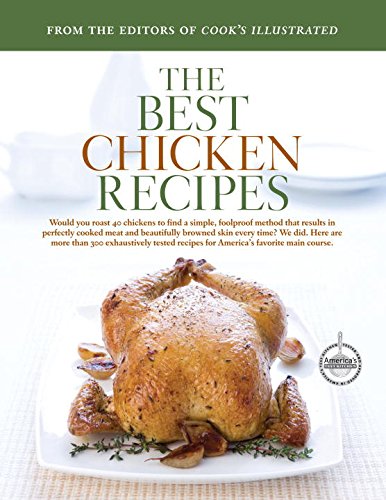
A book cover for The Best Chicken Recipes (Best Recipe Classic); Cookbooks, Food & Wine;